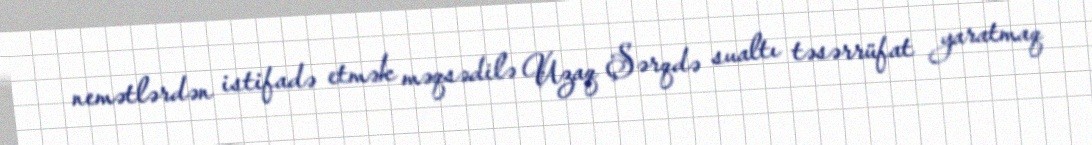
nemətlərdən istifadə etmək məqsədilə Uzaq Şərqdə sualtı təsərrüfat yaratmaq